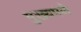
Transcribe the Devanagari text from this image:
मुख्यपणे